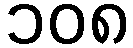
၁၀၈